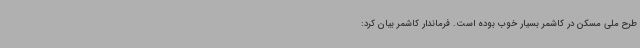
طرح ملی مسکن در کاشمر بسیار خوب بوده است. فرماندار کاشمر بیان کرد: